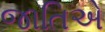
જાતિએ